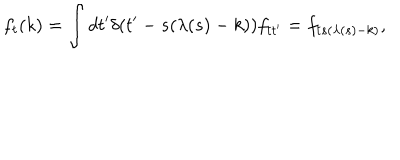
LaTeX: f _ { t } ( k ) = \int d t ^ { \prime } \delta ( t ^ { \prime } - s ( \lambda ( s ) - k ) ) f _ { t t ^ { \prime } } = f _ { t s ( \lambda ( s ) - k ) } ,